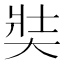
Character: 奘